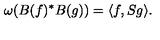
\omega ( B ( f ) ^ { * } B ( g ) ) = \langle f , S g \rangle .